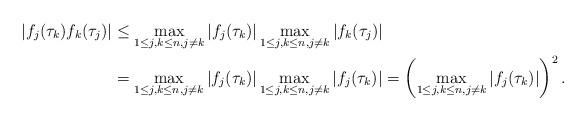
LaTeX: \begin{align*} |f_j(\tau_k)f_k(\tau_j)|&\leq \max _{1\leq j,k \leq n, j\neq k}|f_j(\tau_k)|\max _{1\leq j,k \leq n, j\neq k}|f_k(\tau_j)|\\ &=\max _{1\leq j,k \leq n, j\neq k}|f_j(\tau_k)|\max _{1\leq j,k \leq n, j\neq k}|f_j(\tau_k)|=\left(\max _{1\leq j,k \leq n, j\neq k}|f_j(\tau_k)|\right)^2. \end{align*}